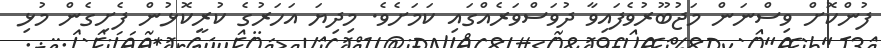
ފުންކޮށް ވިސްނަން މަޖުބޫރުވެފައިވާ ދުވަސްވަރެއްގައި ކަމަށެވެ. މިދިޔަ އަހަރުގެ ކުރީކޮޅުން ފެށިގެން މުޅި